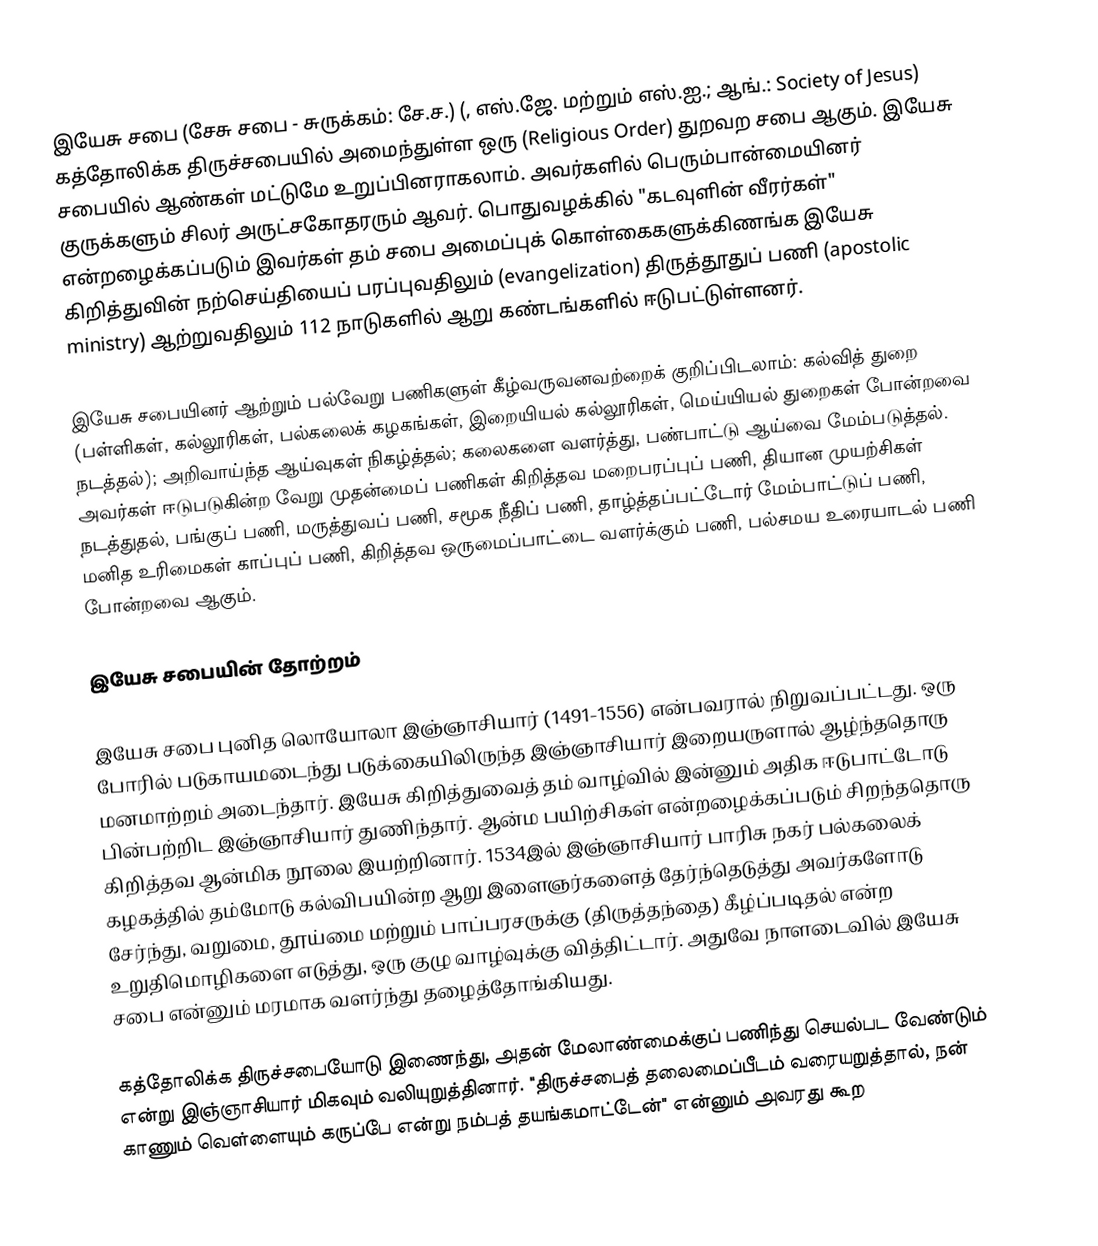
இயேசு சபை (சேசு சபை - சுருக்கம்: சே.ச.) (, எஸ்.ஜே.  மற்றும் எஸ்.ஐ.; ஆங்.: Society of Jesus) கத்தோலிக்க திருச்சபையில் அமைந்துள்ள  ஒரு (Religious Order) துறவற சபை ஆகும்.  இயேசு சபையில் ஆண்கள் மட்டுமே உறுப்பினராகலாம். அவர்களில் பெரும்பான்மையினர் குருக்களும் சிலர் அருட்சகோதரரும் ஆவர். பொதுவழக்கில் "கடவுளின் வீரர்கள்" என்றழைக்கப்படும் இவர்கள்     தம் சபை அமைப்புக் கொள்கைகளுக்கிணங்க இயேசு கிறித்துவின் நற்செய்தியைப் பரப்புவதிலும் (evangelization) திருத்தூதுப் பணி  (apostolic ministry) ஆற்றுவதிலும் 112 நாடுகளில் ஆறு கண்டங்களில் ஈடுபட்டுள்ளனர்.

இயேசு சபையினர் ஆற்றும் பல்வேறு பணிகளுள் கீழ்வருவனவற்றைக் குறிப்பிடலாம்: கல்வித் துறை (பள்ளிகள், கல்லூரிகள், பல்கலைக் கழகங்கள், இறையியல் கல்லூரிகள், மெய்யியல் துறைகள் போன்றவை நடத்தல்);  அறிவாய்ந்த ஆய்வுகள் நிகழ்த்தல்;  கலைகளை வளர்த்து, பண்பாட்டு ஆய்வை மேம்படுத்தல். அவர்கள் ஈடுபடுகின்ற வேறு முதன்மைப் பணிகள் கிறித்தவ மறைபரப்புப் பணி, தியான முயற்சிகள் நடத்துதல், பங்குப் பணி, மருத்துவப் பணி, சமூக நீதிப் பணி, தாழ்த்தப்பட்டோர் மேம்பாட்டுப் பணி, மனித உரிமைகள் காப்புப் பணி, கிறித்தவ ஒருமைப்பாட்டை வளர்க்கும் பணி, பல்சமய உரையாடல் பணி போன்றவை ஆகும்.

இயேசு சபையின் தோற்றம்

இயேசு சபை புனித லொயோலா இஞ்ஞாசியார் (1491-1556) என்பவரால் நிறுவப்பட்டது. ஒரு போரில் படுகாயமடைந்து படுக்கையிலிருந்த இஞ்ஞாசியார் இறையருளால் ஆழ்ந்ததொரு மனமாற்றம் அடைந்தார். இயேசு கிறித்துவைத் தம் வாழ்வில் இன்னும் அதிக ஈடுபாட்டோடு பின்பற்றிட இஞ்ஞாசியார் துணிந்தார். ஆன்ம பயிற்சிகள் என்றழைக்கப்படும் சிறந்ததொரு கிறித்தவ ஆன்மிக நூலை இயற்றினார்.  1534இல் இஞ்ஞாசியார் பாரிசு நகர் பல்கலைக் கழகத்தில் தம்மோடு கல்விபயின்ற ஆறு இளைஞர்களைத் தேர்ந்தெடுத்து அவர்களோடு சேர்ந்து, வறுமை, தூய்மை மற்றும் பாப்பரசருக்கு (திருத்தந்தை) கீழ்ப்படிதல் என்ற உறுதிமொழிகளை எடுத்து, ஒரு குழு வாழ்வுக்கு வித்திட்டார். அதுவே நாளடைவில் இயேசு சபை என்னும் மரமாக வளர்ந்து தழைத்தோங்கியது.

கத்தோலிக்க திருச்சபையோடு இணைந்து, அதன் மேலாண்மைக்குப் பணிந்து செயல்பட வேண்டும் என்று இஞ்ஞாசியார் மிகவும் வலியுறுத்தினார். "திருச்சபைத் தலைமைப்பீடம் வரையறுத்தால், நன் காணும் வெள்ளையும் கருப்பே என்று நம்பத் தயங்கமாட்டேன்" என்னும் அவரது கூற